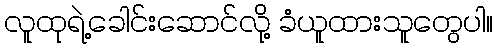
လူထုရဲ့ခေါင်းဆောင်လို့ ခံယူထားသူတွေပါ။